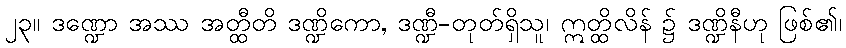
၂၃။ ဒဏ္ဍော အဿ အတ္ထီတိ ဒဏ္ဍိကော, ဒဏ္ဍီ-တုတ်ရှိသူ၊ ဣတ္ထိလိန် ၌ ဒဏ္ဍိနီဟု ဖြစ်၏၊